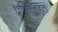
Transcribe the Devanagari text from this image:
प्रसिद्धिहत